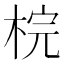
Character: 梡